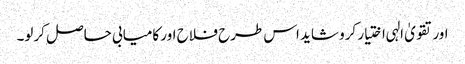
اور تقویٰ الہی اختیار کرو شاید اس طرح فلاح اور کامیابی حاصل کرلو۔